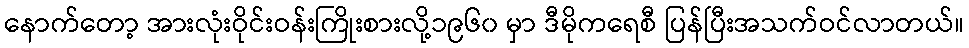
နောက်တော့ အားလုံးဝိုင်းဝန်းကြိုးစားလို့၁၉၆၀ မှာ ဒီမိုကရေစီ ပြန်ပြီးအသက်ဝင်လာတယ်။